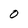
Character: O